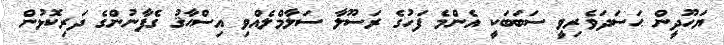
ޔަހޫދީން ޙަސަދަވެރިވީ ސަބަބަކީ އެންމެ ފަހުގެ ރަސޫލާ ސަލާމްލެއްވި އިސްޙާޤު ގެފާނުންގެ ދަރިކޮޅުން